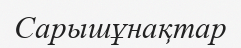
Сарышұнақтар